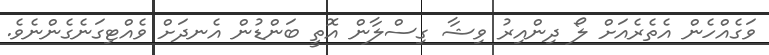
ވަގެއްހެން އެތެރެއަށް ލޯ ދިންއިރު ވިޝާ ގިސްލާން އޮތީ ބަންޑުން އެނދަށް ވެއްޓިގަނެގެންނެވެ.